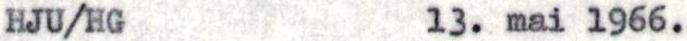
HJU/HG 13. mai 1966.